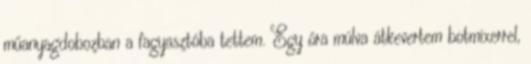
műanyagdobozban a fagyasztóba tettem. Egy óra múlva átkevertem botmixerrel,